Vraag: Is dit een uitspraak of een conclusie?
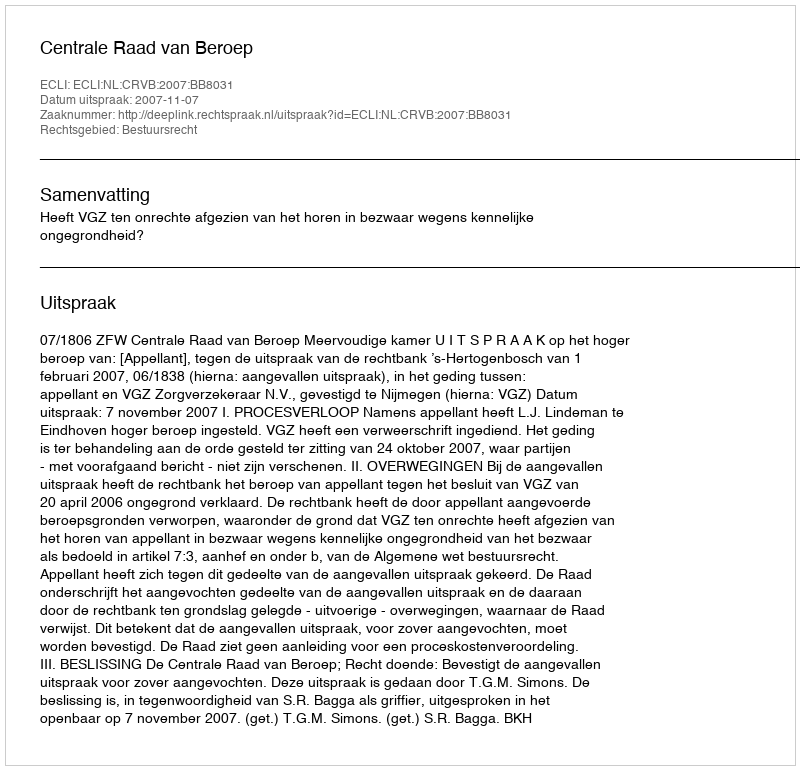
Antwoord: Uitspraak